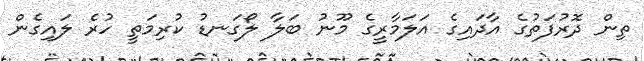
ތިން ދޮރުުފަތުގެ އާދައިގެ އަލަމާރީގެ މޫނު ބަލާ ލޯގަނޑު ކުރިމަތީ ހުރެ ލައިގެން